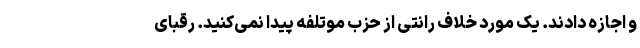
و اجازه دادند. یک مورد خلاف رانتی از حزب موتلفه پیدا نمی‌کنید. رقبای